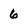
Character: 6